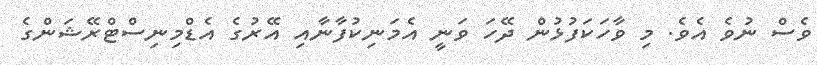
ވެސް ނުވެ އެވެ. މި ވާހަކަފުޅުން ދޭހަ ވަނީ އެމަނިކުފާނާއި އޭރުގެ އެޑްމިނިސްޓްރޭޝަންގެ